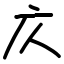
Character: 庂